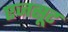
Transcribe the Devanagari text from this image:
एजसूट